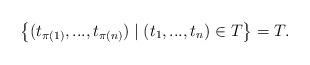
LaTeX: \begin{align*}\left\{ (t_{\pi(1)},...,t_{\pi(n)}) \mid (t_1,...,t_n) \in T \right\} = T.\end{align*}